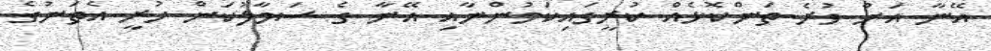
އޭނާ އަށް ވުރެ ތަންކޮޅެއް ކުރީގައިކަމުންނާއި އޭނާ ގެ ސަމާލުކަން ހުރީ އެތަނުގެ